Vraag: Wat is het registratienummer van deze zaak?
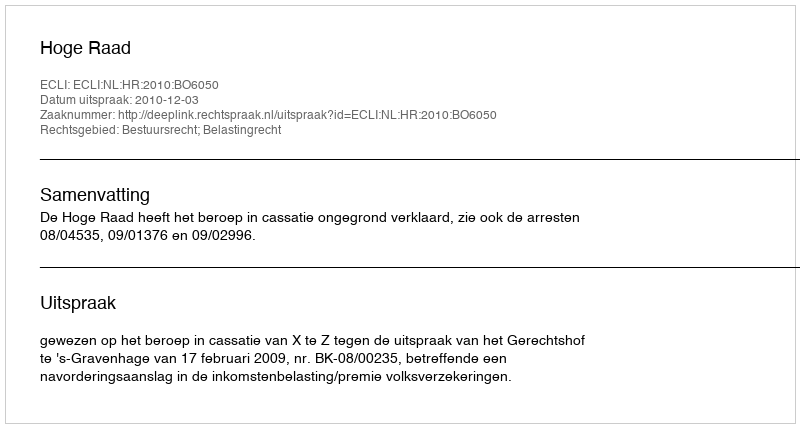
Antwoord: http://deeplink.rechtspraak.nl/uitspraak?id=ECLI:NL:HR:2010:BO6050